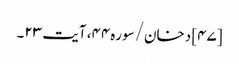
[۴۷] دخان/سوره۴۴، آیت ۲۳۔